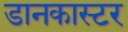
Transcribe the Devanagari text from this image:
डानकास्टर